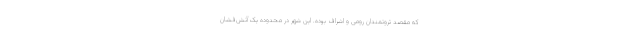
که مقصد ثروتمندانِ رومی و اشراف بوده. این شهر در محدوده یک آتش‌فشان